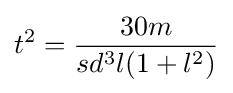
{t}^{2}={\frac {30m}{sd^{3}l(1+l^{2})}}